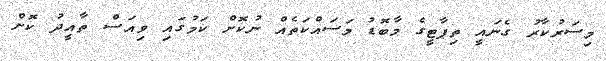
މިސަރުކާރު ގެނައީ ތިޕާޓީގެ މާބޮޑު މަސައްކަތެއް ނުކޮށް ކަމުގައި ވިއަސް ތާއީދު ކޮށް